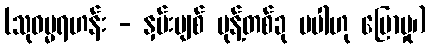
(သုဓမ္မရဟန်း - နှမ်းပျစ် မုန့်တစ်ခု မပါဟု ပြောမှု၊)